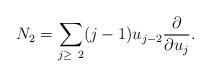
LaTeX: \begin{gather*}N_2=\sum\limits_{j\ge~2}(j-1)u_{j-2}\frac{\partial}{\partial u_j}.\end{gather*}